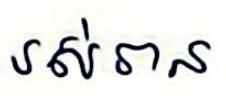
រស់រាន